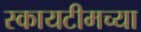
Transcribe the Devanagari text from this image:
स्कायटीमच्या